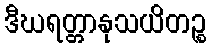
ဒီဃရတ္တာနုသယိတဉ္စ